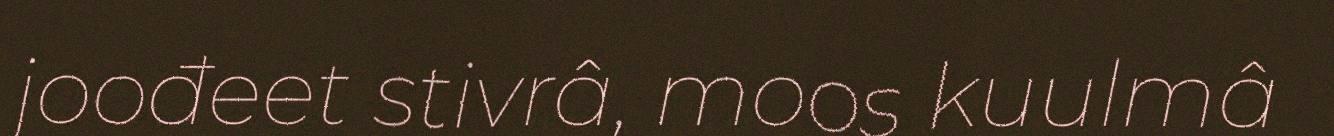
joođeet stivrâ, moos kuulmâ